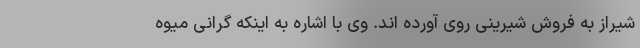
شیراز به فروش شیرینى روى آورده اند. وى با اشاره به اینکه گرانى میوه